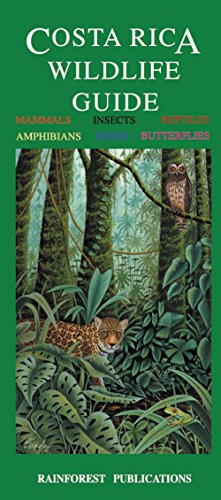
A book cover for Costa Rica Wildlife Guide (Laminated Foldout Pocket Field Guide) (English and Spanish Edition); Rainforest Publications; Travel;